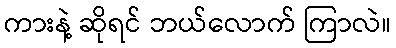
ကားနဲ့ ဆိုရင် ဘယ်လောက် ကြာလဲ။